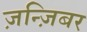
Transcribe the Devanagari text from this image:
ज़न्ज़िबर